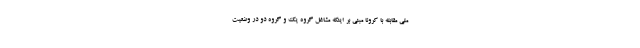
ملی مقابله با کرونا مبنی بر اینکه مشاغل گروه یک و گروه دو در وضعیت